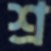
শ্র